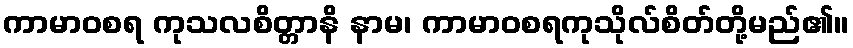
ကာမာဝစရ ကုသလစိတ္တာနိ နာမ၊ ကာမာဝစရကုသိုလ်စိတ်တို့မည်၏။